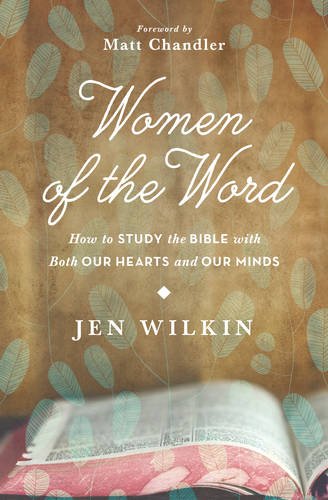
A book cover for Women of the Word: How to Study the Bible with Both Our Hearts and Our Minds; Jen Wilkin; Christian Books & Bibles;